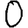
Digit: 0